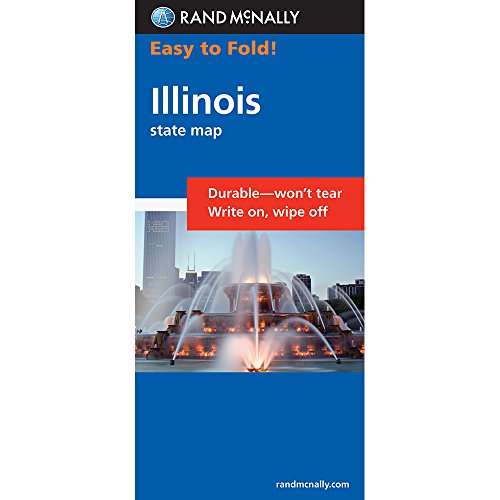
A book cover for Rand McNally Easy To Fold: Illinois (laminated map) (Easyfinder S); Rand McNally; Travel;